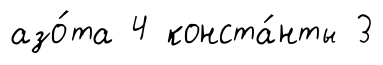
азо́та 4 конста́нты 3